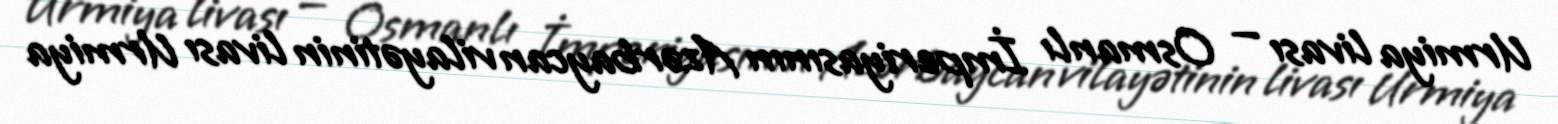
Urmiya livası — Osmanlı İmperiyasının Azərbaycan vilayətinin livası Urmiya